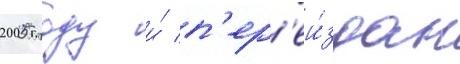
2005 году и́ п'ер'еи́здан